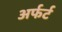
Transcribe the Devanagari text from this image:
अर्फर्ट